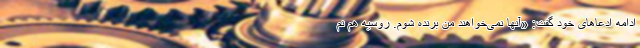
ادامه ادعاهای خود گفت: «آنها نمی‌خواهند من برنده شوم. روسیه هم نم